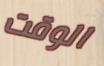
الوقت